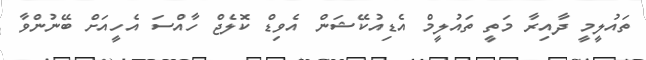
ތައުލީމީ ދާއިރާ މަތީ ތައުލީމް އެޑިއުކޭޝަން އެވިޑް ކޮލެޖް ހާއްސަ އެހީއަށް ބޭނުންވާ